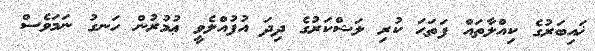
ޚައިބަރުގެ ކިއްލާތައް ފަތަޙަ ކުރި ލަޝްކަރުގެ ދިދަ އުފުއްލެވީ ޢުމުރުން ހަނގު ނަމަވެސް